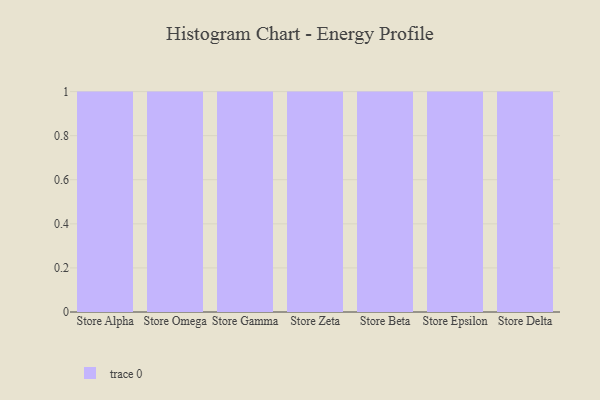
{"axis": {"x": "Store", "y": "Demand Index"}, "legend": [""], "data": [{"x": "Store Alpha", "y": 10, "type": ""}, {"x": "Store Omega", "y": 10, "type": ""}, {"x": "Store Gamma", "y": 31, "type": ""}, {"x": "Store Zeta", "y": 64, "type": ""}, {"x": "Store Beta", "y": 14, "type": ""}, {"x": "Store Epsilon", "y": 78, "type": ""}, {"x": "Store Delta", "y": 90, "type": ""}]}